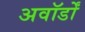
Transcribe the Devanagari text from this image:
अवॉर्डों